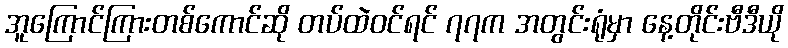
အူကြောင်ကြားတစ်ကောင်ဆို တပ်ထဲဝင်ရင် ၇၇က အတွင်းရုံမှာ နေ့တိုင်းဗီဒီယို